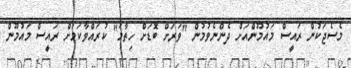
މެސެޖަކުން ރައީސް މައުމޫންއަށް ދެންނެވުމުން "ވަރަށް ބޮޑަށް ހިތާމަ" ކުރައްވާކަމަށް ރައީސް މައުމޫން